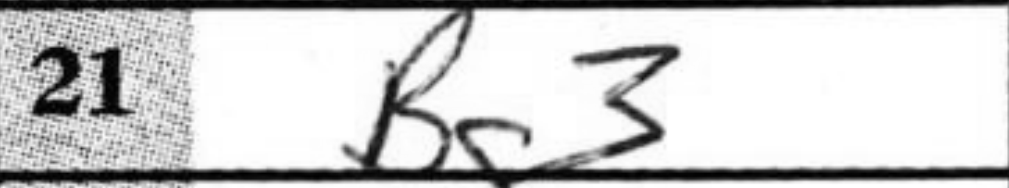
Transcription: Bg3